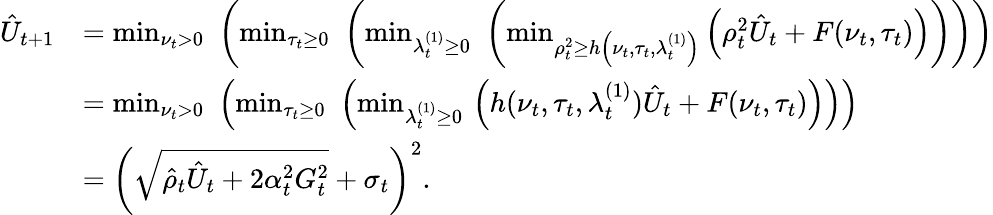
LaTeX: \begin{array}{rl}{\hat{U}_{t+1}}&{=\operatorname*{min}_{\nu_{t}>0}\, \, \left(\operatorname*{min}_{\tau_{t}\ge 0}\, \, \left(\operatorname*{min}_{\lambda_{t}^{(1)}\ge 0}\, \, \left(\operatorname*{min}_{\rho_{t}^{2}\ge h\left(\nu_{t},\tau_{t},\lambda_{t}^{(1)}\right)}\left(\rho_{t}^{2}\hat{U}_{t}+F(\nu_{t},\tau_{t})\right)\right)\right)\right)}\\ &{=\operatorname*{min}_{\nu_{t}>0}\, \, \left(\operatorname*{min}_{\tau_{t}\ge 0}\, \, \left(\operatorname*{min}_{\lambda_{t}^{(1)}\ge 0}\, \left(h(\nu_{t},\tau_{t},\lambda_{t}^{(1)})\hat{U}_{t}+F(\nu_{t},\tau_{t})\right)\right)\right)}\\ &{=\left(\sqrt{\hat{\rho}_{t}\hat{U}_{t}+2\alpha_{t}^{2}G_{t}^{2}}+\sigma_{t}\right)^{2}.}\end{array}